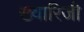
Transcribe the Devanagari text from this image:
ख्वारिजी